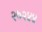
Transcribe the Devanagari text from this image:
२७२४४